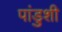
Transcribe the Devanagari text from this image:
पांडुशी